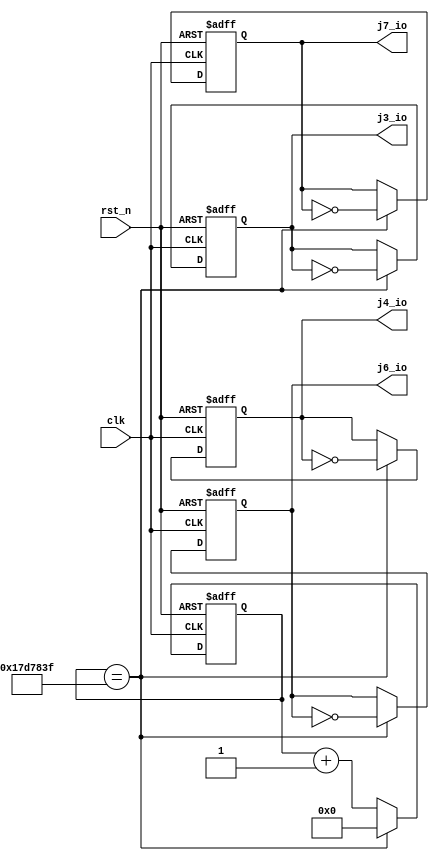
//===========================================================================
// Module name: io_test.v
// : 0.5IO0.5IO
//===========================================================================
`timescale 1ns / 1ps

module io_test (
                  clk,           // : 50Mhz
                  rst_n,         // 
                  j3_io,         // J3IO
                  j4_io,         // J4IO
                  j6_io,         // J6IO
                  j7_io         // J7IO						
             );
             
//===========================================================================
// PORT declarations
//===========================================================================
input clk;
input rst_n;
output [33:0] j3_io;
output [33:0] j4_io;
output [33:0] j6_io;
output [33:0] j7_io;

//
reg [31:0] timer;    
              
reg [33:0] j3_io_reg;
reg [33:0] j4_io_reg;
reg [33:0] j6_io_reg;
reg [33:0] j7_io_reg;

assign j3_io=j3_io_reg;
assign j4_io=j4_io_reg;
assign j6_io=j6_io_reg;
assign j7_io=j7_io_reg;
//===========================================================================
// :0~4
//===========================================================================
  always @(posedge clk or negedge rst_n)    //
    begin
      if (~rst_n)                           //
          timer <= 0;                       //
      else if (timer == 32'd24_999_999)    //50MHz0.5(50M*0.5-1=24_999_999)
          timer <= 0;                       //4
      else
		    timer <= timer + 1'b1;            //1
    end

//===========================================================================
// LED
//===========================================================================
  always @(posedge clk or negedge rst_n)   //
    begin
      if (~rst_n) begin                    //
		   j3_io_reg<=0;                     //IO
		   j4_io_reg<=0;                     //IO
		   j6_io_reg<=0;                     //IO  
		   j7_io_reg<=0;                     //IO 
      end			
      else if (timer == 32'd24_999_999) begin    //1
		   j3_io_reg<=~j3_io_reg;                  //IO
		   j4_io_reg<=~j4_io_reg;                  //IO
		   j6_io_reg<=~j6_io_reg;                  //IO 
		   j7_io_reg<=~j7_io_reg;                  //IO 
		end   
    end
    
endmodule